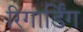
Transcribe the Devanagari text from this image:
रिगार्डिंग